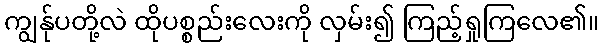
ကျွန်ုပတို့လဲ ထိုပစ္စည်းလေးကို လှမ်း၍ ကြည့်ရှုကြလေ၏။